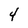
Character: 4